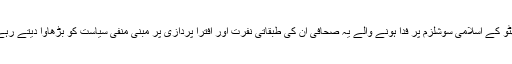
بھٹو کے اسلامی سوشلزم پر فدا ہونے والے یہ صحافی ان کی طبقاتی نفرت اور افترا پردازی پر مبنی منفی سیاست کو بڑھاوا دیتے رہے۔